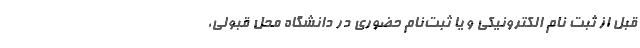
قبل از ثبت نام الکترونیکی و یا ثبت‌نام حضوری در دانشگاه محل قبولی،